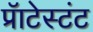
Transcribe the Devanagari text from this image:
प्रॅाटेस्टंट